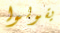
يقولوا